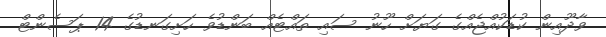
ވާދޫއިން ކުޑަކުއްޖެއްގެ ގަޔަށް ހޫނު ސައި ތައްޓެއް ބަންޑުވެ ހަށިގަނޑުގެ 14 ޕަސެންޓް